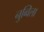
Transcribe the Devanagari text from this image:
नुव्विला